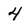
Character: 4